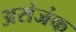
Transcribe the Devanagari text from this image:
असंजंक